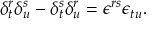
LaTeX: \delta _ { t } ^ { r } \delta _ { u } ^ { s } - \delta _ { t } ^ { s } \delta _ { u } ^ { r } = \epsilon ^ { r s } \epsilon _ { t u } .